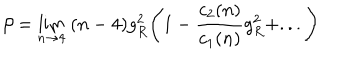
\beta = \lim _ { n \rightarrow 4 } \; ( n - 4 ) g _ { R } ^ { 2 } \Biggl ( 1 - \frac { c _ { 2 } ( n ) } { c _ { 1 } ( n ) } g _ { R } ^ { 2 } + . . . \Biggr )